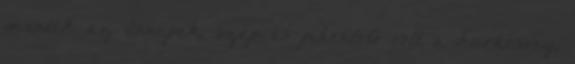
mentek az ünnepek, szép és pihentető volt a karácsony,